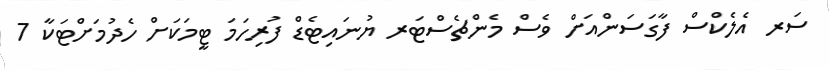
ސަރ އެލެކްސް ފާގަސަންއަށް ވެސް މެންޗެސްޓަރ ޔުނައިޓެޑް ފުރިހަމަ ޓީމަކަށް ހެދުމަށްޓަކާ 7